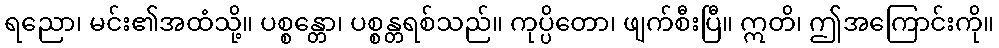
ရညော၊ မင်း၏အထံသို့။ ပစ္စန္တော၊ ပစ္စန္တရစ်သည်။ ကုပ္ပိတော၊ ဖျက်စီးပြီ။ ဣတိ၊ ဤအကြောင်းကို။